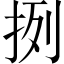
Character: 挒